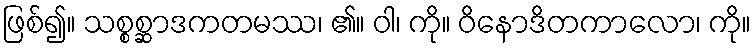
ဖြစ်၍။ သစ္စစ္ဆာဒကတမဿ၊ ၏။ ဝါ၊ ကို။ ဝိနောဒိတကာလော၊ ကို။